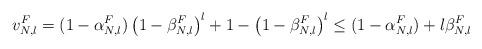
LaTeX: \begin{align*}v_{N,l}^F=(1-\alpha_{N,l}^F) \left(1-\beta_{N,l}^F\right)^l+ 1-\left( 1-\beta_{N,l}^F\right)^l\leq (1-\alpha_{N,l}^F)+l \beta_{N,l}^F \end{align*}